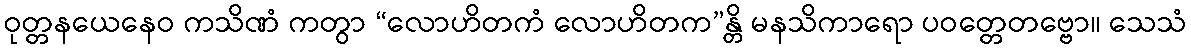
ဝုတ္တနယေနေဝ ကသိဏံ ကတွာ “လောဟိတကံ လောဟိတက”န္တိ မနသိကာရော ပဝတ္တေတဗ္ဗော။ သေသံ